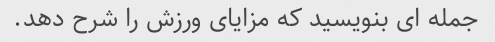
جمله ای بنویسید که مزایای ورزش را شرح دهد.